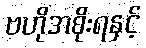
ဗဟိုအစိုးရနှင့်